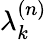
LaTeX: \lambda_{k}^{(n)}